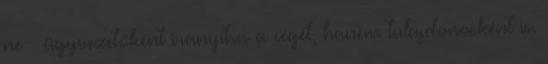
ne – ügyvezetőként irányítsa a cégét, hanem tulajdonosként is.